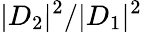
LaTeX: |D_{2}|^{2}/|D_{1}|^{2}